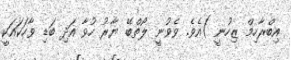
އިބްރާހިމް ޒިހުނީ )އެވެ. ވެވުނީ ލޯތްބޭ ޔާރު ހުވާ އަދި ބަޑި ވާހަކައަކީ